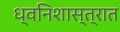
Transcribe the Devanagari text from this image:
ध्वनिशास्त्रात